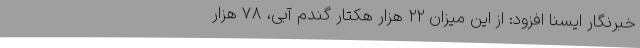
خبرنگار ایسنا افزود: از این میزان 22 هزار هکتار گندم آبی، 78 هزار